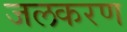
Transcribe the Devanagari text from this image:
जलकरण